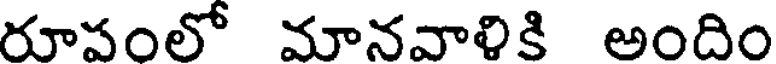
రూవంలో మానవాళికి అందిం